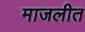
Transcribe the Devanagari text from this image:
माजलीत